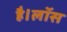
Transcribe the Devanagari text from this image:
है।लॉस